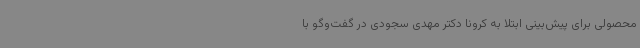
محصولی برای پیش‌بینی ابتلا به کرونا دکتر مهدی سجودی در گفت‌وگو با